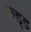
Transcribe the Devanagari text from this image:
फ़ड्ड